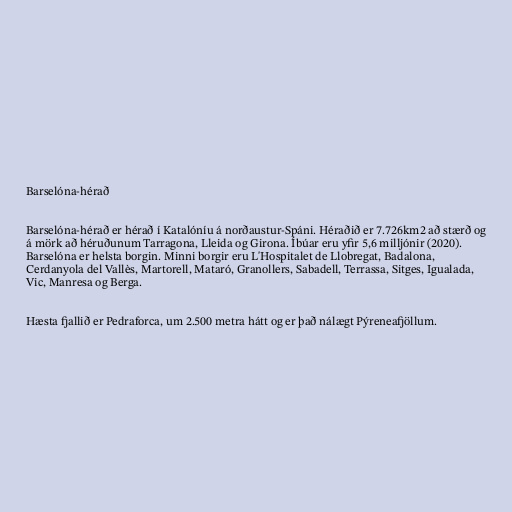
Barselóna-hérað

Barselóna-hérað er hérað í Katalóníu á norðaustur-Spáni. Héraðið er 7.726km2 að stærð og
á mörk að héruðunum Tarragona, Lleida og Girona. Íbúar eru yfir 5,6 milljónir (2020).
Barselóna er helsta borgin. Minni borgir eru L'Hospitalet de Llobregat, Badalona,
Cerdanyola del Vallès, Martorell, Mataró, Granollers, Sabadell, Terrassa, Sitges, Igualada,
Vic, Manresa og Berga.

Hæsta fjallið er Pedraforca, um 2.500 metra hátt og er það nálægt Pýreneafjöllum.